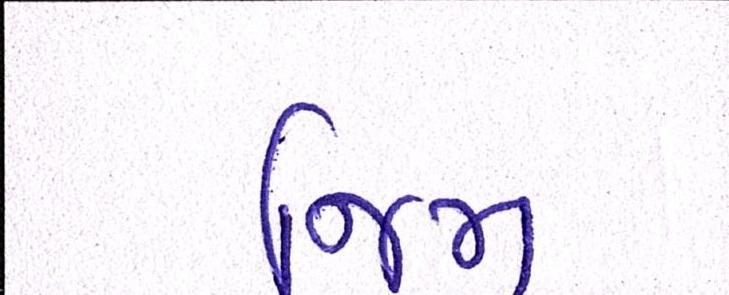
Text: જિમ